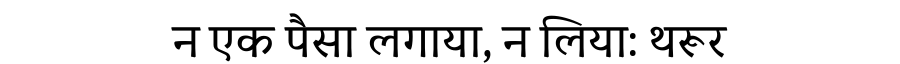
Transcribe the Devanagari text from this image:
न एक पैसा लगाया, न लिया: थरूर